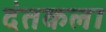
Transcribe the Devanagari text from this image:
दंतकला